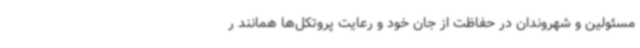
مسئولین و شهروندان در حفاظت از جان خود و رعایت پروتکل‌ها همانند ر